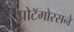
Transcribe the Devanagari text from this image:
प्रोटॅगोरसने